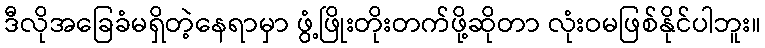
ဒီလိုအခြေခံမရှိတဲ့နေရာမှာ ဖွံ့ဖြိုးတိုးတက်ဖို့ဆိုတာ လုံးဝမဖြစ်နိုင်ပါဘူး။